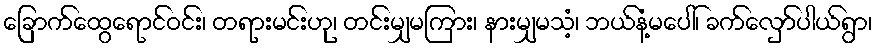
ခြောက်ထွေရောင်ဝင်း၊ တရားမင်းဟု၊ တင်းမျှမကြား၊ နားမျှမသံ့၊ ဘယ်နံ့မပေါ်၊ ခက်လှော်ပါယ်ရွာ၊